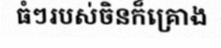
ធំៗរបស់ចិនក៏គ្រោង